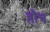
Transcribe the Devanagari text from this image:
हौच